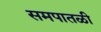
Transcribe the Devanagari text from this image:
समपातळी